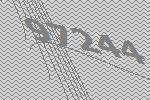
97244